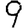
Digit: 9